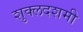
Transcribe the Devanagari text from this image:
शुक्लदशमी